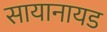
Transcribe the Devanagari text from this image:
सायानायड